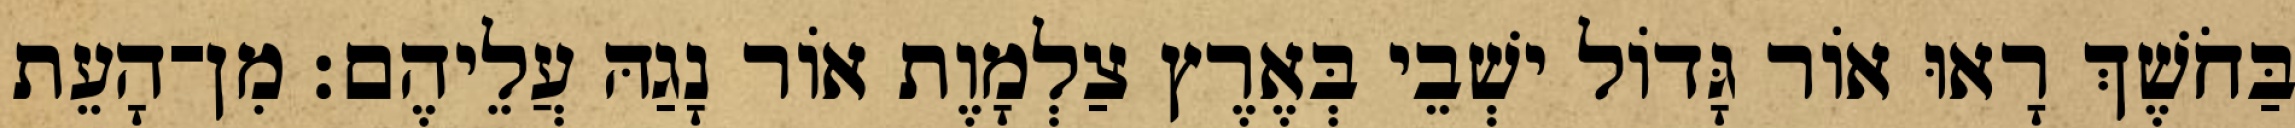
בַּחֹשֶׁךְ רָאוּ אוֹר גָּדוֹל ישְׁבֵי בְּאֶרֶץ צַלְמָוֶת אוֹר נָגַהּ עֲלֵיהֶם׃ מִן־הָעֵת